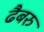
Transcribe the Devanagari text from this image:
ढैबरु